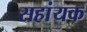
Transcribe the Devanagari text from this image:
सहांयक